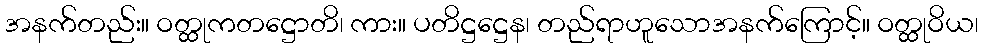
အနက်တည်း။ ဝတ္ထုကတဋ္ဌောတိ၊ ကား။ ပတိဋ္ဌဋ္ဌေန၊ တည်ရာဟူသောအနက်ကြောင့်။ ဝတ္ထုဝိယ၊